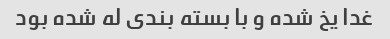
غدا یخ شده و با بسته بندی له شده بود